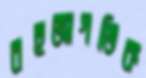
বহুজাগতিক